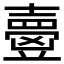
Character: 𡕃